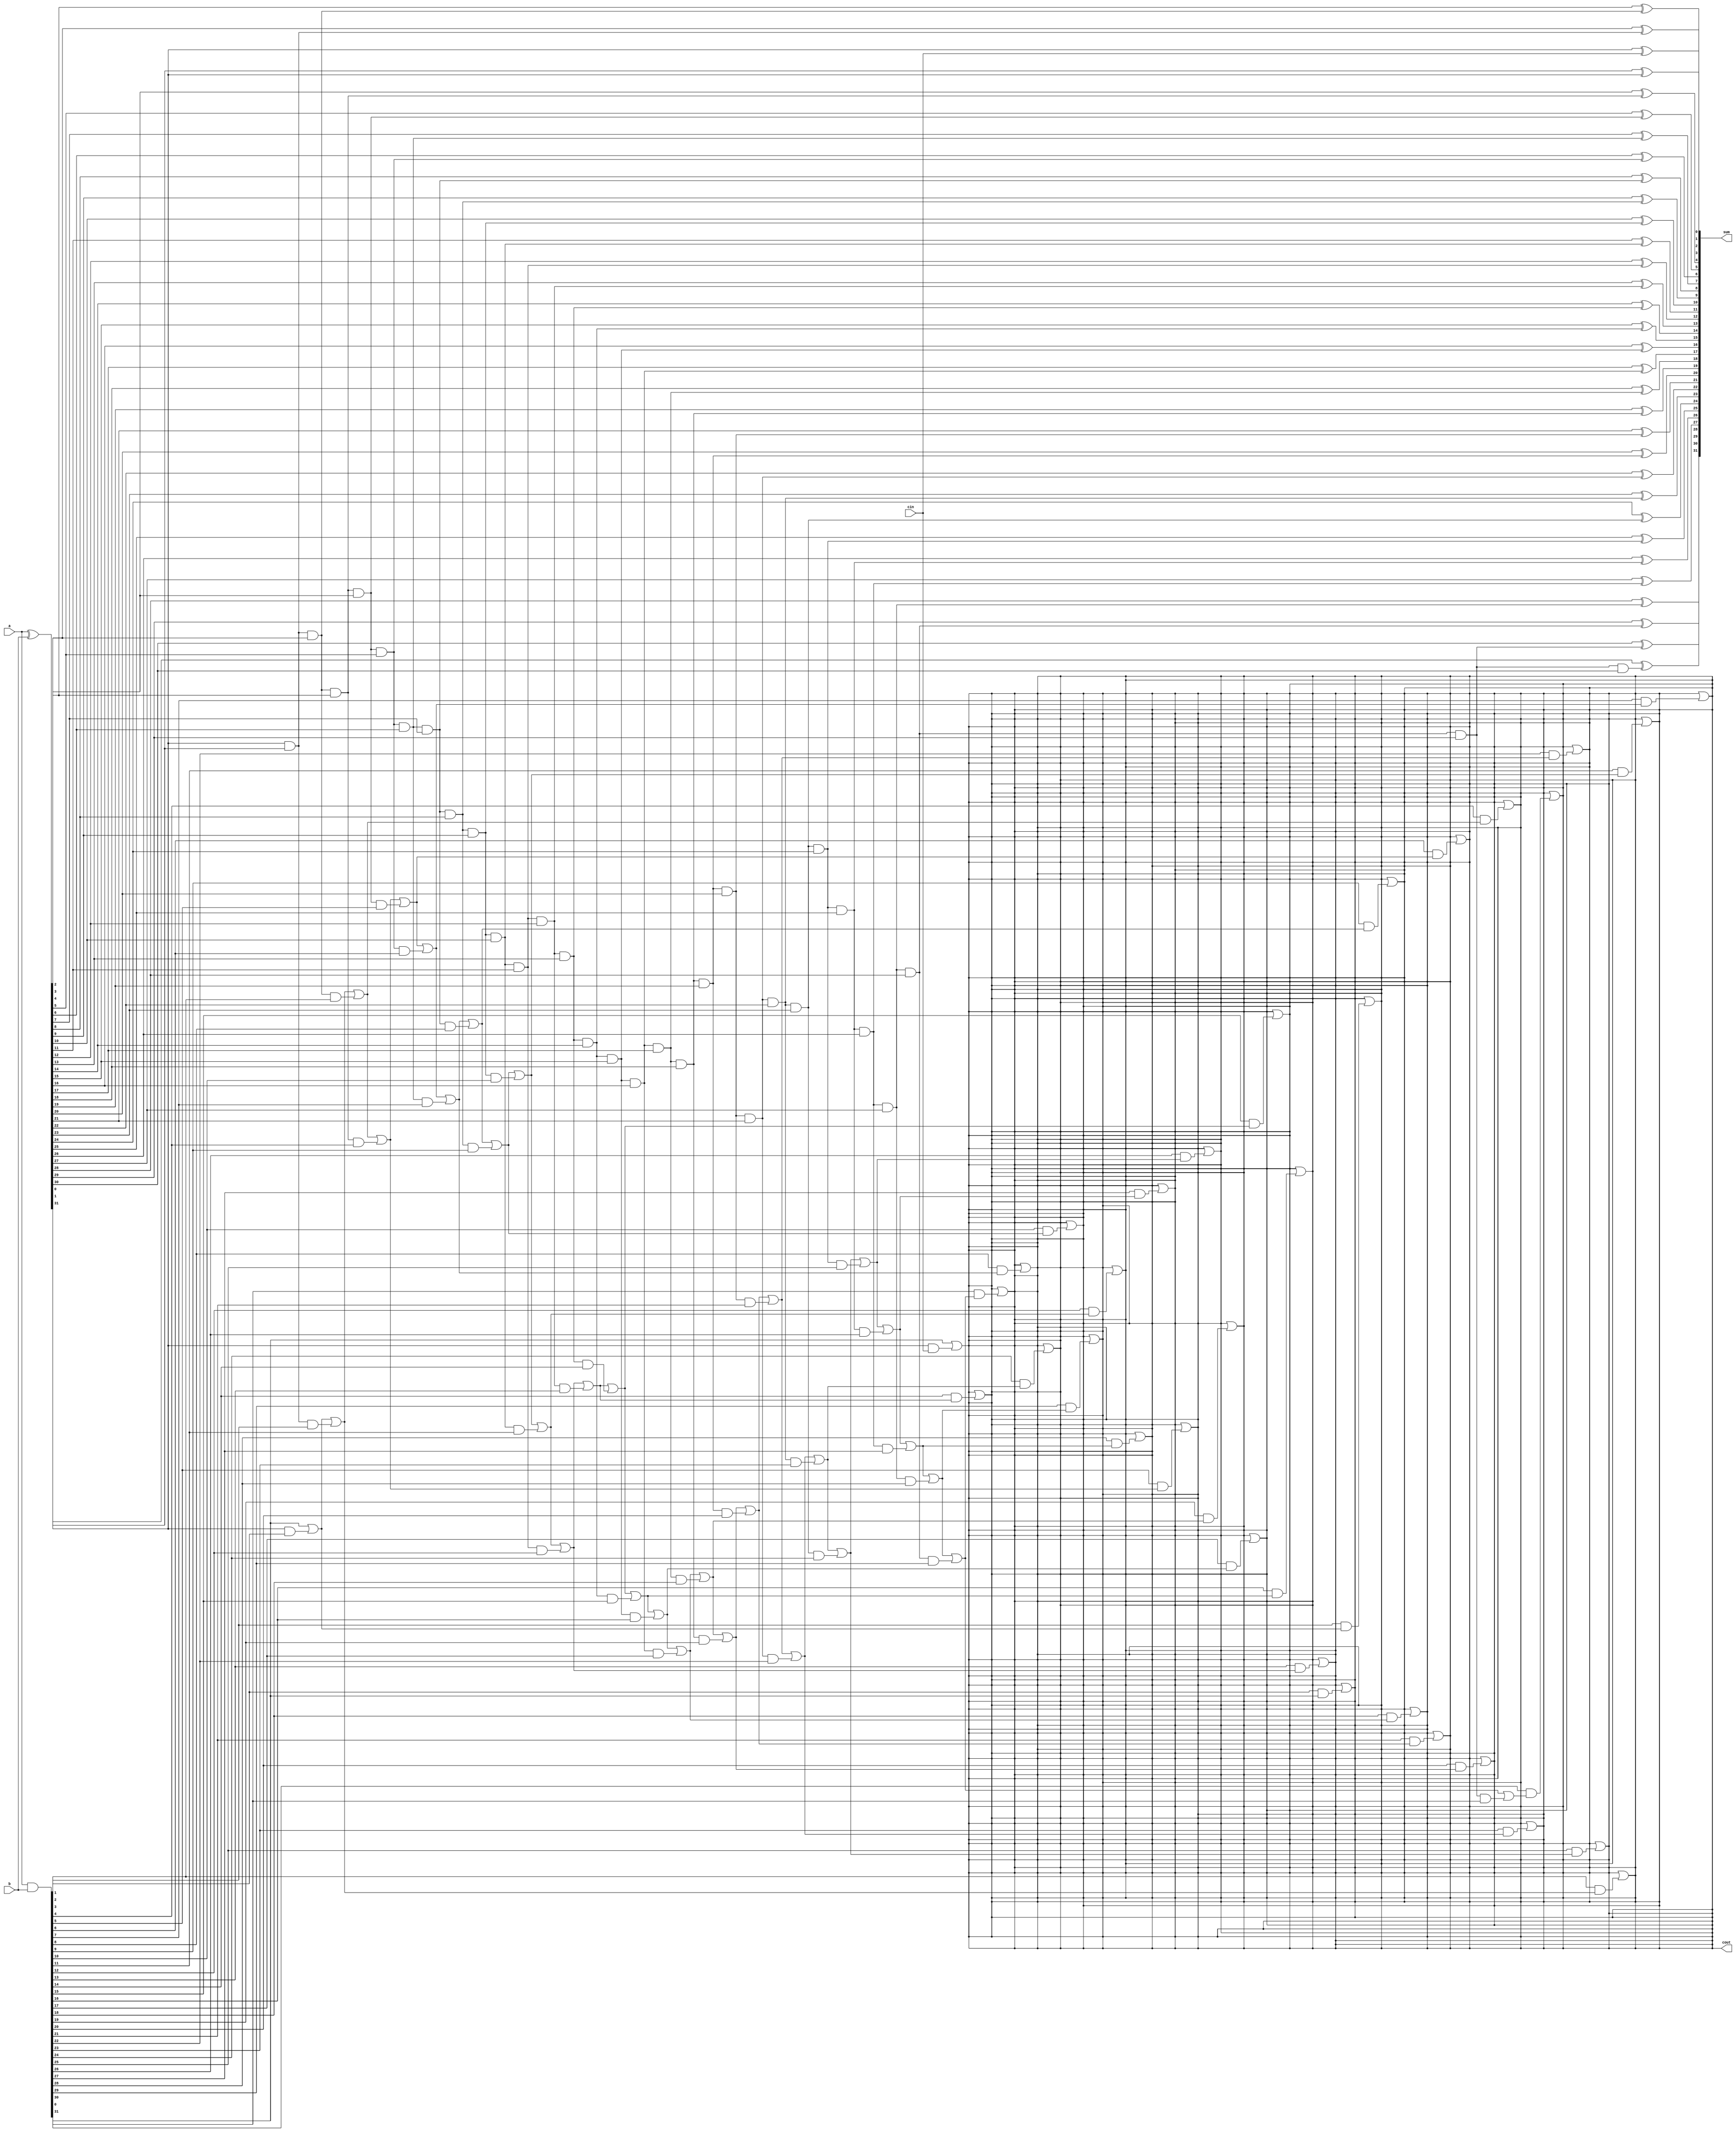
module BrentKungAdder(input [31:0] a, b, input cin, output [31:0] sum, output cout);
  wire [31:0] p, g;
  wire [31:0] p_prefix, g_prefix;
  
  assign p = a ^ b;
  assign g = a & b;
  
  // Generate prefix wires
  assign p_prefix[0] = p[0];
  assign g_prefix[0] = g[0];
  
  genvar i;
  generate
    for (i = 1; i < 32; i = i + 1) begin
      assign p_prefix[i] = p_prefix[i-1] & p[i];
      assign g_prefix[i] = g_prefix[i-1] | (p_prefix[i-1] & g[i]);
    end
  endgenerate
  
  assign sum[0] = p[0] ^ cin;
  assign cout = g[0] | (p[0] & cin);
  
  assign sum[1] = p[1] ^ p_prefix[0];
  assign sum[2] = p[2] ^ p_prefix[1];
  assign sum[3] = p[3] ^ p_prefix[2];
  assign sum[4] = p[4] ^ p_prefix[3];
  assign sum[5] = p[5] ^ p_prefix[4];
  assign sum[6] = p[6] ^ p_prefix[5];
  assign sum[7] = p[7] ^ p_prefix[6];
  assign sum[8] = p[8] ^ p_prefix[7];
  assign sum[9] = p[9] ^ p_prefix[8];
  assign sum[10] = p[10] ^ p_prefix[9];
  assign sum[11] = p[11] ^ p_prefix[10];
  assign sum[12] = p[12] ^ p_prefix[11];
  assign sum[13] = p[13] ^ p_prefix[12];
  assign sum[14] = p[14] ^ p_prefix[13];
  assign sum[15] = p[15] ^ p_prefix[14];
  assign sum[16] = p[16] ^ p_prefix[15];
  assign sum[17] = p[17] ^ p_prefix[16];
  assign sum[18] = p[18] ^ p_prefix[17];
  assign sum[19] = p[19] ^ p_prefix[18];
  assign sum[20] = p[20] ^ p_prefix[19];
  assign sum[21] = p[21] ^ p_prefix[20];
  assign sum[22] = p[22] ^ p_prefix[21];
  assign sum[23] = p[23] ^ p_prefix[22];
  assign sum[24] = p[24] ^ p_prefix[23];
  assign sum[25] = p[25] ^ p_prefix[24];
  assign sum[26] = p[26] ^ p_prefix[25];
  assign sum[27] = p[27] ^ p_prefix[26];
  assign sum[28] = p[28] ^ p_prefix[27];
  assign sum[29] = p[29] ^ p_prefix[28];
  assign sum[30] = p[30] ^ p_prefix[29];
  assign sum[31] = p[31] ^ p_prefix[30];
  
  assign cout = cout | (g[1] & g_prefix[0]);
  assign cout = cout | (g[2] & g_prefix[1]);
  assign cout = cout | (g[3] & g_prefix[2]);
  assign cout = cout | (g[4] & g_prefix[3]);
  assign cout = cout | (g[5] & g_prefix[4]);
  assign cout = cout | (g[6] & g_prefix[5]);
  assign cout = cout | (g[7] & g_prefix[6]);
  assign cout = cout | (g[8] & g_prefix[7]);
  assign cout = cout | (g[9] & g_prefix[8]);
  assign cout = cout | (g[10] & g_prefix[9]);
  assign cout = cout | (g[11] & g_prefix[10]);
  assign cout = cout | (g[12] & g_prefix[11]);
  assign cout = cout | (g[13] & g_prefix[12]);
  assign cout = cout | (g[14] & g_prefix[13]);
  assign cout = cout | (g[15] & g_prefix[14]);
  assign cout = cout | (g[16] & g_prefix[15]);
  assign cout = cout | (g[17] & g_prefix[16]);
  assign cout = cout | (g[18] & g_prefix[17]);
  assign cout = cout | (g[19] & g_prefix[18]);
  assign cout = cout | (g[20] & g_prefix[19]);
  assign cout = cout | (g[21] & g_prefix[20]);
  assign cout = cout | (g[22] & g_prefix[21]);
  assign cout = cout | (g[23] & g_prefix[22]);
  assign cout = cout | (g[24] & g_prefix[23]);
  assign cout = cout | (g[25] & g_prefix[24]);
  assign cout = cout | (g[26] & g_prefix[25]);
  assign cout = cout | (g[27] & g_prefix[26]);
  assign cout = cout | (g[28] & g_prefix[27]);
  assign cout = cout | (g[29] & g_prefix[28]);
  assign cout = cout | (g[30] & g_prefix[29]);
  assign cout = cout | (g[31] & g_prefix[30]);
endmodule